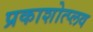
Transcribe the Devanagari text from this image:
प्रकाशोत्प्लव